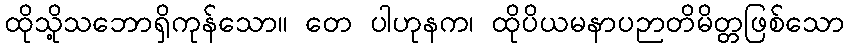
ထိုသို့သဘောရှိကုန်သော။ တေ ပါဟုနက၊ ထိုပိယမနာပဉာတိမိတ္တဖြစ်သော